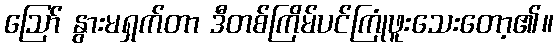
ဪ နွားမရှက်တာ ဒီတစ်ကြိမ်ပင်ကြုံဖူးသေးတော့၏။